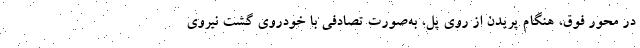
در محور فوق، هنگام پریدن از روی پل، به‌صورت تصادفی با خودروی گشت نیروی